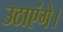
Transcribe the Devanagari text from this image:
उठाएंगे।